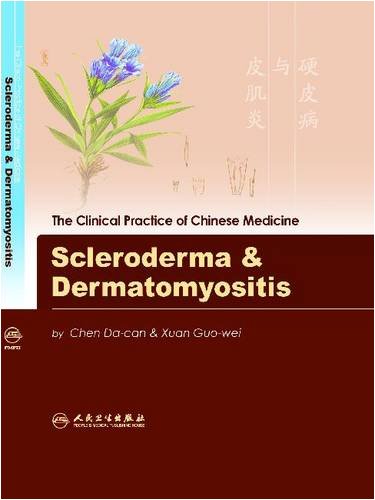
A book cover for Scleroderma & Dermatomyositis (The Clinical Practice of Chinese Medicine); Chen Da-can; Health, Fitness & Dieting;